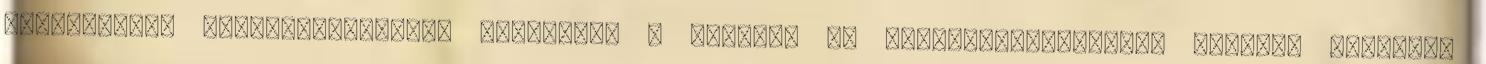
tömörraktár megszüntetésével létrejött a Műszaki és Természettudományi Olvasó, amelynek